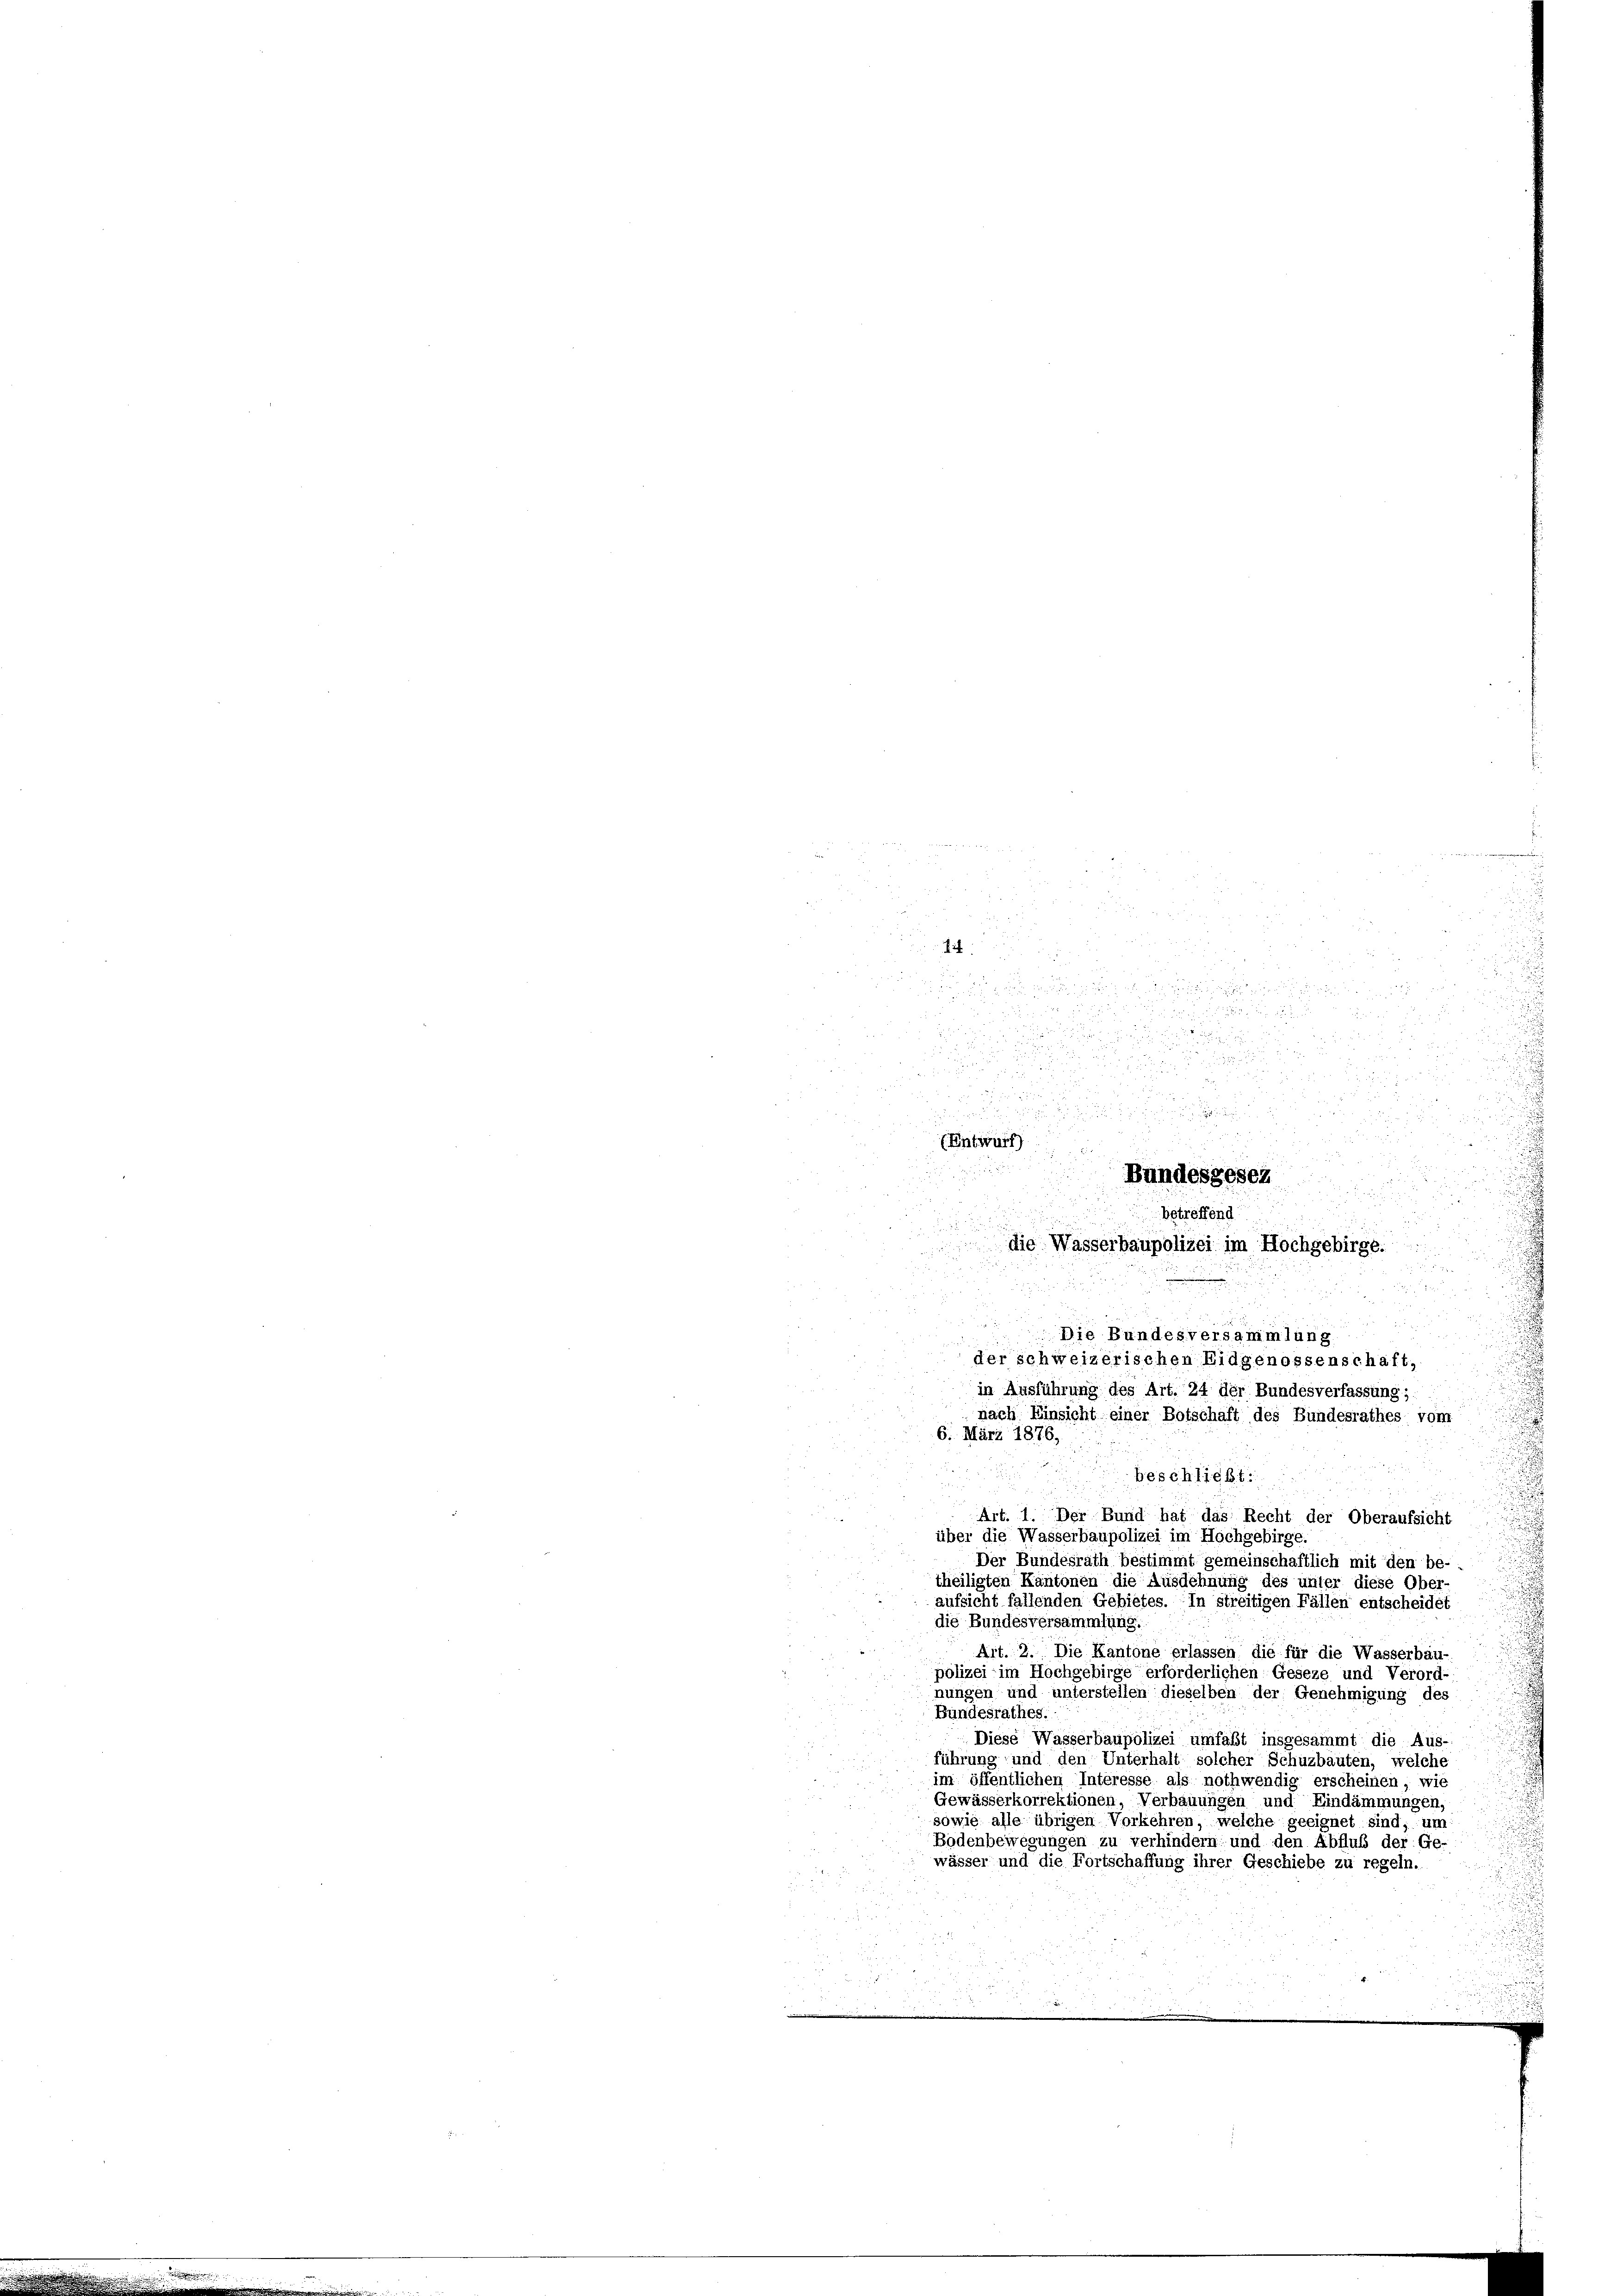
14
5
s
in
u
i

 . . .

 5 1890
¬
.

2 x
a

.
e

and
u.

u
beschließt:
n
Art. 1. Der Bund hat das Recht der Oberaufsicht
über die Wasserbaupolizei im Hochgebirge.
e
Der Bundesrath bestimmt gemeinschaftlich mit den be-
theiligten Kantonen die Ausdehnung des unter diese Ober-
aufsicht fallenden Gebietes. In streitigen Fällen entscheidet
die Bundesversammlung.
Art. 2. Die Kantone erlassen die für die Wasserbau-
polizei im Hochgebirge erforderlichen Geseze und Verord-
nungen und unterstellen dieselben der Genehmigung des
Bundesrathes.
Diese Wasserbaupolizei umfaßt insgesammt die Aus-
führung und den Unterhalt solcher Schuzbauten, welche
im öffentlichen Interesse als nothwendig erscheinen wie
Gewässerkorrektionen, Verbauungen und Eindämmungen,
sowie alle übrigen Vorkehren, welche geeignet sind, um
Bodenbewegungen zu verhindern und den Abfluß der Ge-
wässer und die Fortschaffung ihrer Geschiebe zu regeln.

. 17.
 2 x 2
 2
5
Bundesgesetz

betreffend

die Wasserbaupolizei im Hochgebirge.

Die Bundesversammlung
der schweizerischen Eidgenossenschaft,
in Ausführung des Art. 24 der Bundesverfassung;
nach Einsicht einer Botschaft des Bundesrathes vom
6. März 1876,

(Entwurf